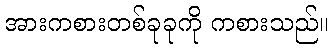
အားကစားတစ်ခုခုကို ကစားသည်။